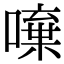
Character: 𠾍